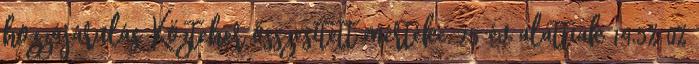
hozzájárulás Közteher összesített mértéke 25 év alattiak 14,5% 0%